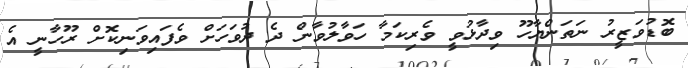
ބޮޑުވަޒީރު ނަތަންޔާހޫ ވިދާޅުވީ ވެރިކަމާ ހަވާލުވާން ދެ ދުވަހަށް ވެފައިވަނިކޮށް ރޫހާނީ އެ